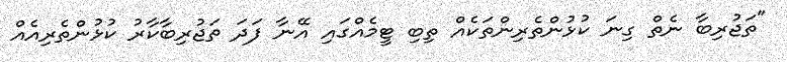
"ތަޖުރިބާ ނެތް ގިނަ ކުޅުންތެރިންތަކެއް ތިބި ޓީމެއްގައި އޭނާ ފަދަ ތަޖުރިބާކާރު ކުޅުންތެރިއެއް